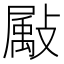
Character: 𫿗